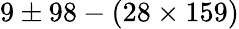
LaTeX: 9\pm 98-(28\times 159)